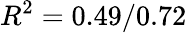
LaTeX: R^{2}=0.49/0.72